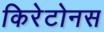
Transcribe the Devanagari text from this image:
किरेटोनस